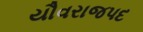
યૌવરાજપદ